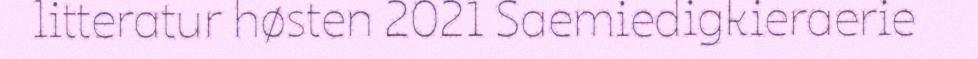
litteratur høsten 2021 Saemiedigkieraerie